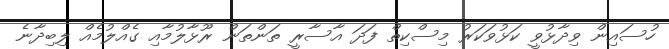
ހުސައިން ވިދާޅުވީ ކަޅުވަކަރު މިސްކިތް ފަދަ އާސާރީ ތަންތަން ރޫޅާލުމާއި ގެއްލުމެއް ލިބިދާނެ